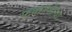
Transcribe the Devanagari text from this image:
फवारणीचा